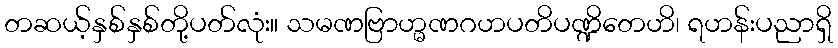
တဆယ့်နှစ်နှစ်တို့ပတ်လုံး။ သမဏဗြာဟ္မဏဂဟပတိပဏ္ဍိတေဟိ၊ ရဟန်းပညာရှိ